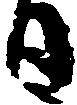
日